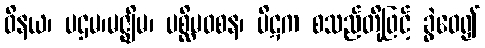
ဝိနယ၊ ပဌမ၊မဇ္ဈိမ၊ ပစ္ဆိမဝစန၊ ပိဋက စသည်တို့ဖြင့် ခွဲဝေ၍